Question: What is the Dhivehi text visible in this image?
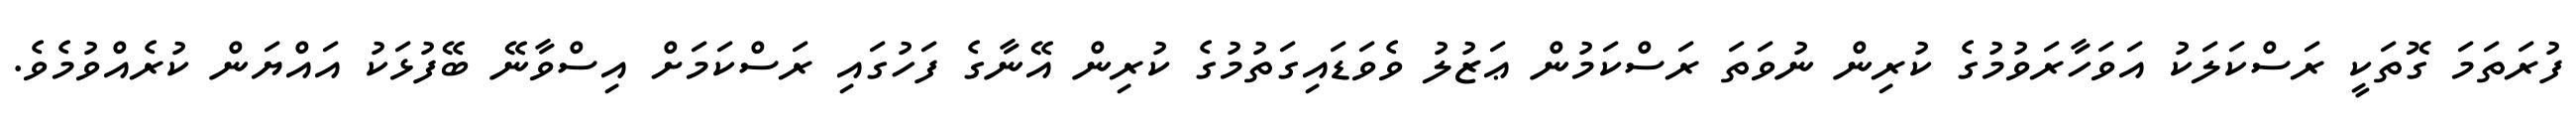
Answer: ފުރަތަމަ ގޮތަކީ ރަސްކަލަކު އަވަހާރަވުމުގެ ކުރިން ނުވަތަ ރަސްކަމުން ޢަޒުލު ވެވަޑައިގަތުމުގެ ކުރިން އޭނާގެ ފަހުގައި ރަސްކަމަށް އިސްވާނޭ ބޭފުޅަކު އައްޔަން ކުރެއްވުމެވެ.